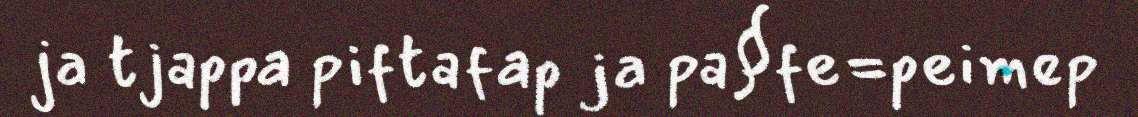
ja tjappa piftafap ja pa§fe=peimep